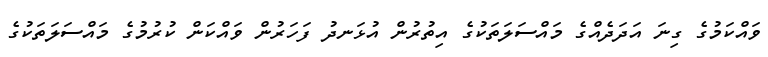
ވައްކަމުގެ ގިނަ އަދަދެއްގެ މައްސަލަތަކުގެ އިތުރުން އުޅަނދު ފަހަރުން ވައްކަން ކުރުމުގެ މައްސަލަތަކުގެ